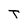
Character: T